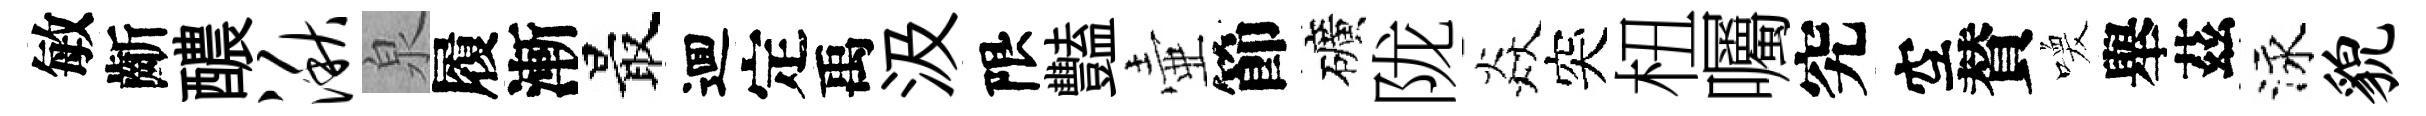
敏齗醲湫泉履漸最逥定禹汲限豔壷節礦陇焱突杻囑究空賛喚舉茲泳貌